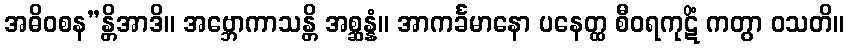
အဓိဝစန”န္တိအာဒိ။ အဗ္ဘောကာသန္တိ အစ္ဆန္နံ။ အာကင်္ခမာနော ပနေတ္ထ စီဝရကုဋိံ ကတွာ ဝသတိ။